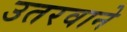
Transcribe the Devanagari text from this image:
उतरवाने